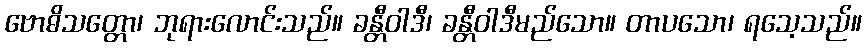
ဗောဓိသတ္တော၊ ဘုရားလောင်းသည်။ ခန္တီဝါဒီ၊ ခန္တီဝါဒီမည်သော။ တာပသော၊ ရသေ့သည်။